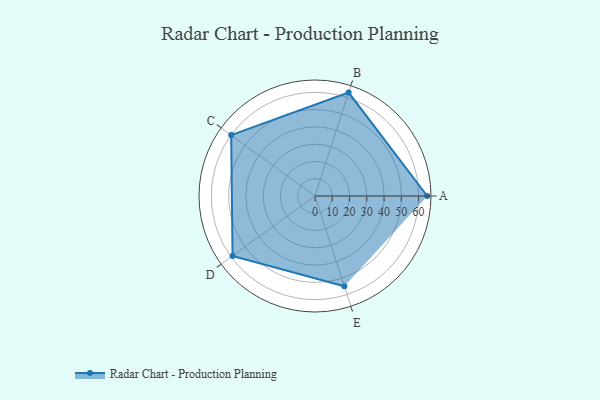
{"axis": {"x": "Skill", "y": "Score"}, "legend": ["Profile"], "data": [{"x": "A", "y": 65.0, "type": "Profile"}, {"x": "B", "y": 63.0, "type": "Profile"}, {"x": "C", "y": 60.0, "type": "Profile"}, {"x": "D", "y": 59.0, "type": "Profile"}, {"x": "E", "y": 55.0, "type": "Profile"}]}